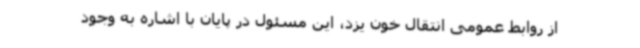
از روابط عمومی انتقال خون یزد، این مسئول در پایان با اشاره به وجود